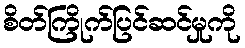
စိတ်ကြိုက်ပြင်ဆင်မှုကို